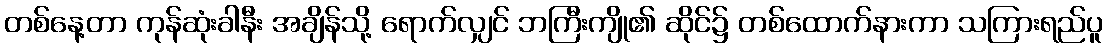
တစ်နေ့တာ ကုန်ဆုံးခါနီး အချိန်သို့ ရောက်လျှင် ဘကြီးကျို၏ ဆိုင်၌ တစ်ထောက်နားကာ သကြားရည်ပူ